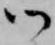
御